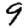
Digit: 9